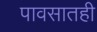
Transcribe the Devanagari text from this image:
पावसातही